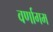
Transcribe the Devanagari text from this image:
वर्णागम